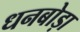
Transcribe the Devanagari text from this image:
धनबोड़ा